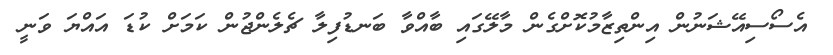
އެސޯސިއޭޝަނުން އިންތިޒާމުކޮށްގެން މާލޭގައި ބާއްވާ ބަނޑުފިލާ ޗެލެންޖުން ކަމަށް ކުޑަ އައްޔަ ވަނީ